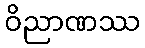
ဝိညာဏဿ